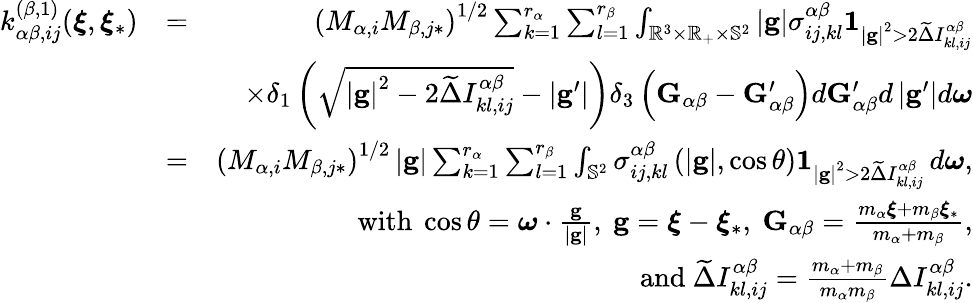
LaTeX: \begin{array}{rlr}{k_{\alpha\beta,ij}^{\left(\beta,1\right)}(\boldsymbol{\xi},\boldsymbol{\xi}_{\ast})}&{=}&{\left(M_{\alpha,i}M_{\beta,j\ast}\right)^{1/2}\sum_{k=1}^{r_{\alpha}}\sum_{l=1}^{r_{\beta}}\int_{\mathbb{R}^{3}\times\mathbb{R}_{+}\times\mathbb{S}^{2}}\left\vert\mathbf{g}\right\vert\sigma_{ij,kl}^{\alpha\beta}\mathbf{1}_{\left\vert\mathbf{g}\right\vert^{2}>2\widetilde{\Delta}I_{kl,ij}^{\alpha\beta}}}\\ &{}&{\times\delta_{1}\left(\sqrt{\left\vert\mathbf{g}\right\vert^{2}-2\widetilde{\Delta}I_{kl,ij}^{\alpha\beta}}-\left\vert\mathbf{g}^{\prime}\right\vert\right)\delta_{3}\left(\mathbf{G}_{\alpha\beta}-\mathbf{G}_{\alpha\beta}^{\prime}\right)d\mathbf{G}_{\alpha\beta}^{\prime}d\left\vert\mathbf{g}^{\prime}\right\vert d\boldsymbol{\omega}}\\ &{=}&{\left(M_{\alpha,i}M_{\beta,j\ast}\right)^{1/2}\left\vert\mathbf{g}\right\vert\sum_{k=1}^{r_{\alpha}}\sum_{l=1}^{r_{\beta}}\int_{\mathbb{S}^{2}}\sigma_{ij,kl}^{\alpha\beta}\left(\left\vert\mathbf{g}\right\vert,\cos\theta\right)\mathbf{1}_{\left\vert\mathbf{g}\right\vert^{2}>2\widetilde{\Delta}I_{kl,ij}^{\alpha\beta}}\, d\boldsymbol{\omega}\mathrm{,}}\\ &{}&{\mathrm{~with~}\cos\theta=\boldsymbol{\omega}\cdot\frac{\mathbf{g}}{\left\vert\mathbf{g}\right\vert}\mathrm{,~}\mathbf{g}=\boldsymbol{\xi}-\boldsymbol{\xi}_{\ast}\mathrm{,~}\mathbf{G}_{\alpha\beta}=\frac{m_{\alpha}\boldsymbol{\xi}+m_{\beta}\boldsymbol{\xi}_{\ast}}{m_{\alpha}+m_{\beta}}\mathrm{,}}\\ {\mathrm{~}}&{}&{\mathrm{and~}\widetilde{\Delta}I_{kl,ij}^{\alpha\beta}=\frac{m_{\alpha}+m_{\beta}}{m_{\alpha}m_{\beta}}\Delta I_{kl,ij}^{\alpha\beta}\mathrm{.}}\end{array}